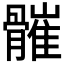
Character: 𩪓